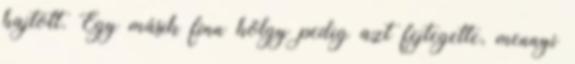
hajtott. Egy másik finn hölgy pedig azt fejtegette, mennyi